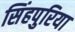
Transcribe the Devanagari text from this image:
सिंहपुरिया